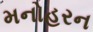
મનોહરન